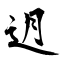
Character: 迌